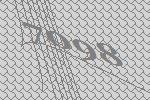
7098